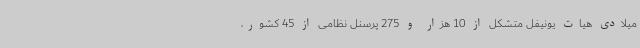
میلادی هیات یونیفل متشکل از 10 هزار و 275 پرسنل نظامی از 45 کشور،